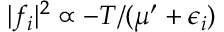
\lvert f _ { i } \rvert ^ { 2 } \propto - T / ( \mu ^ { \prime } + \epsilon _ { i } )